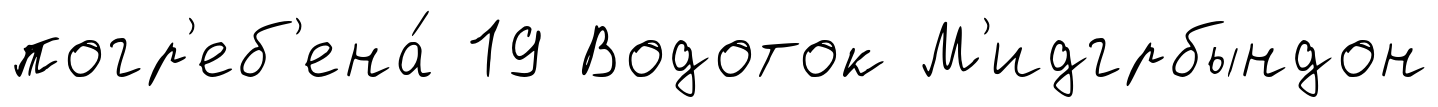
погр'еб'ена́ 19 Водоток М'идгрбындон